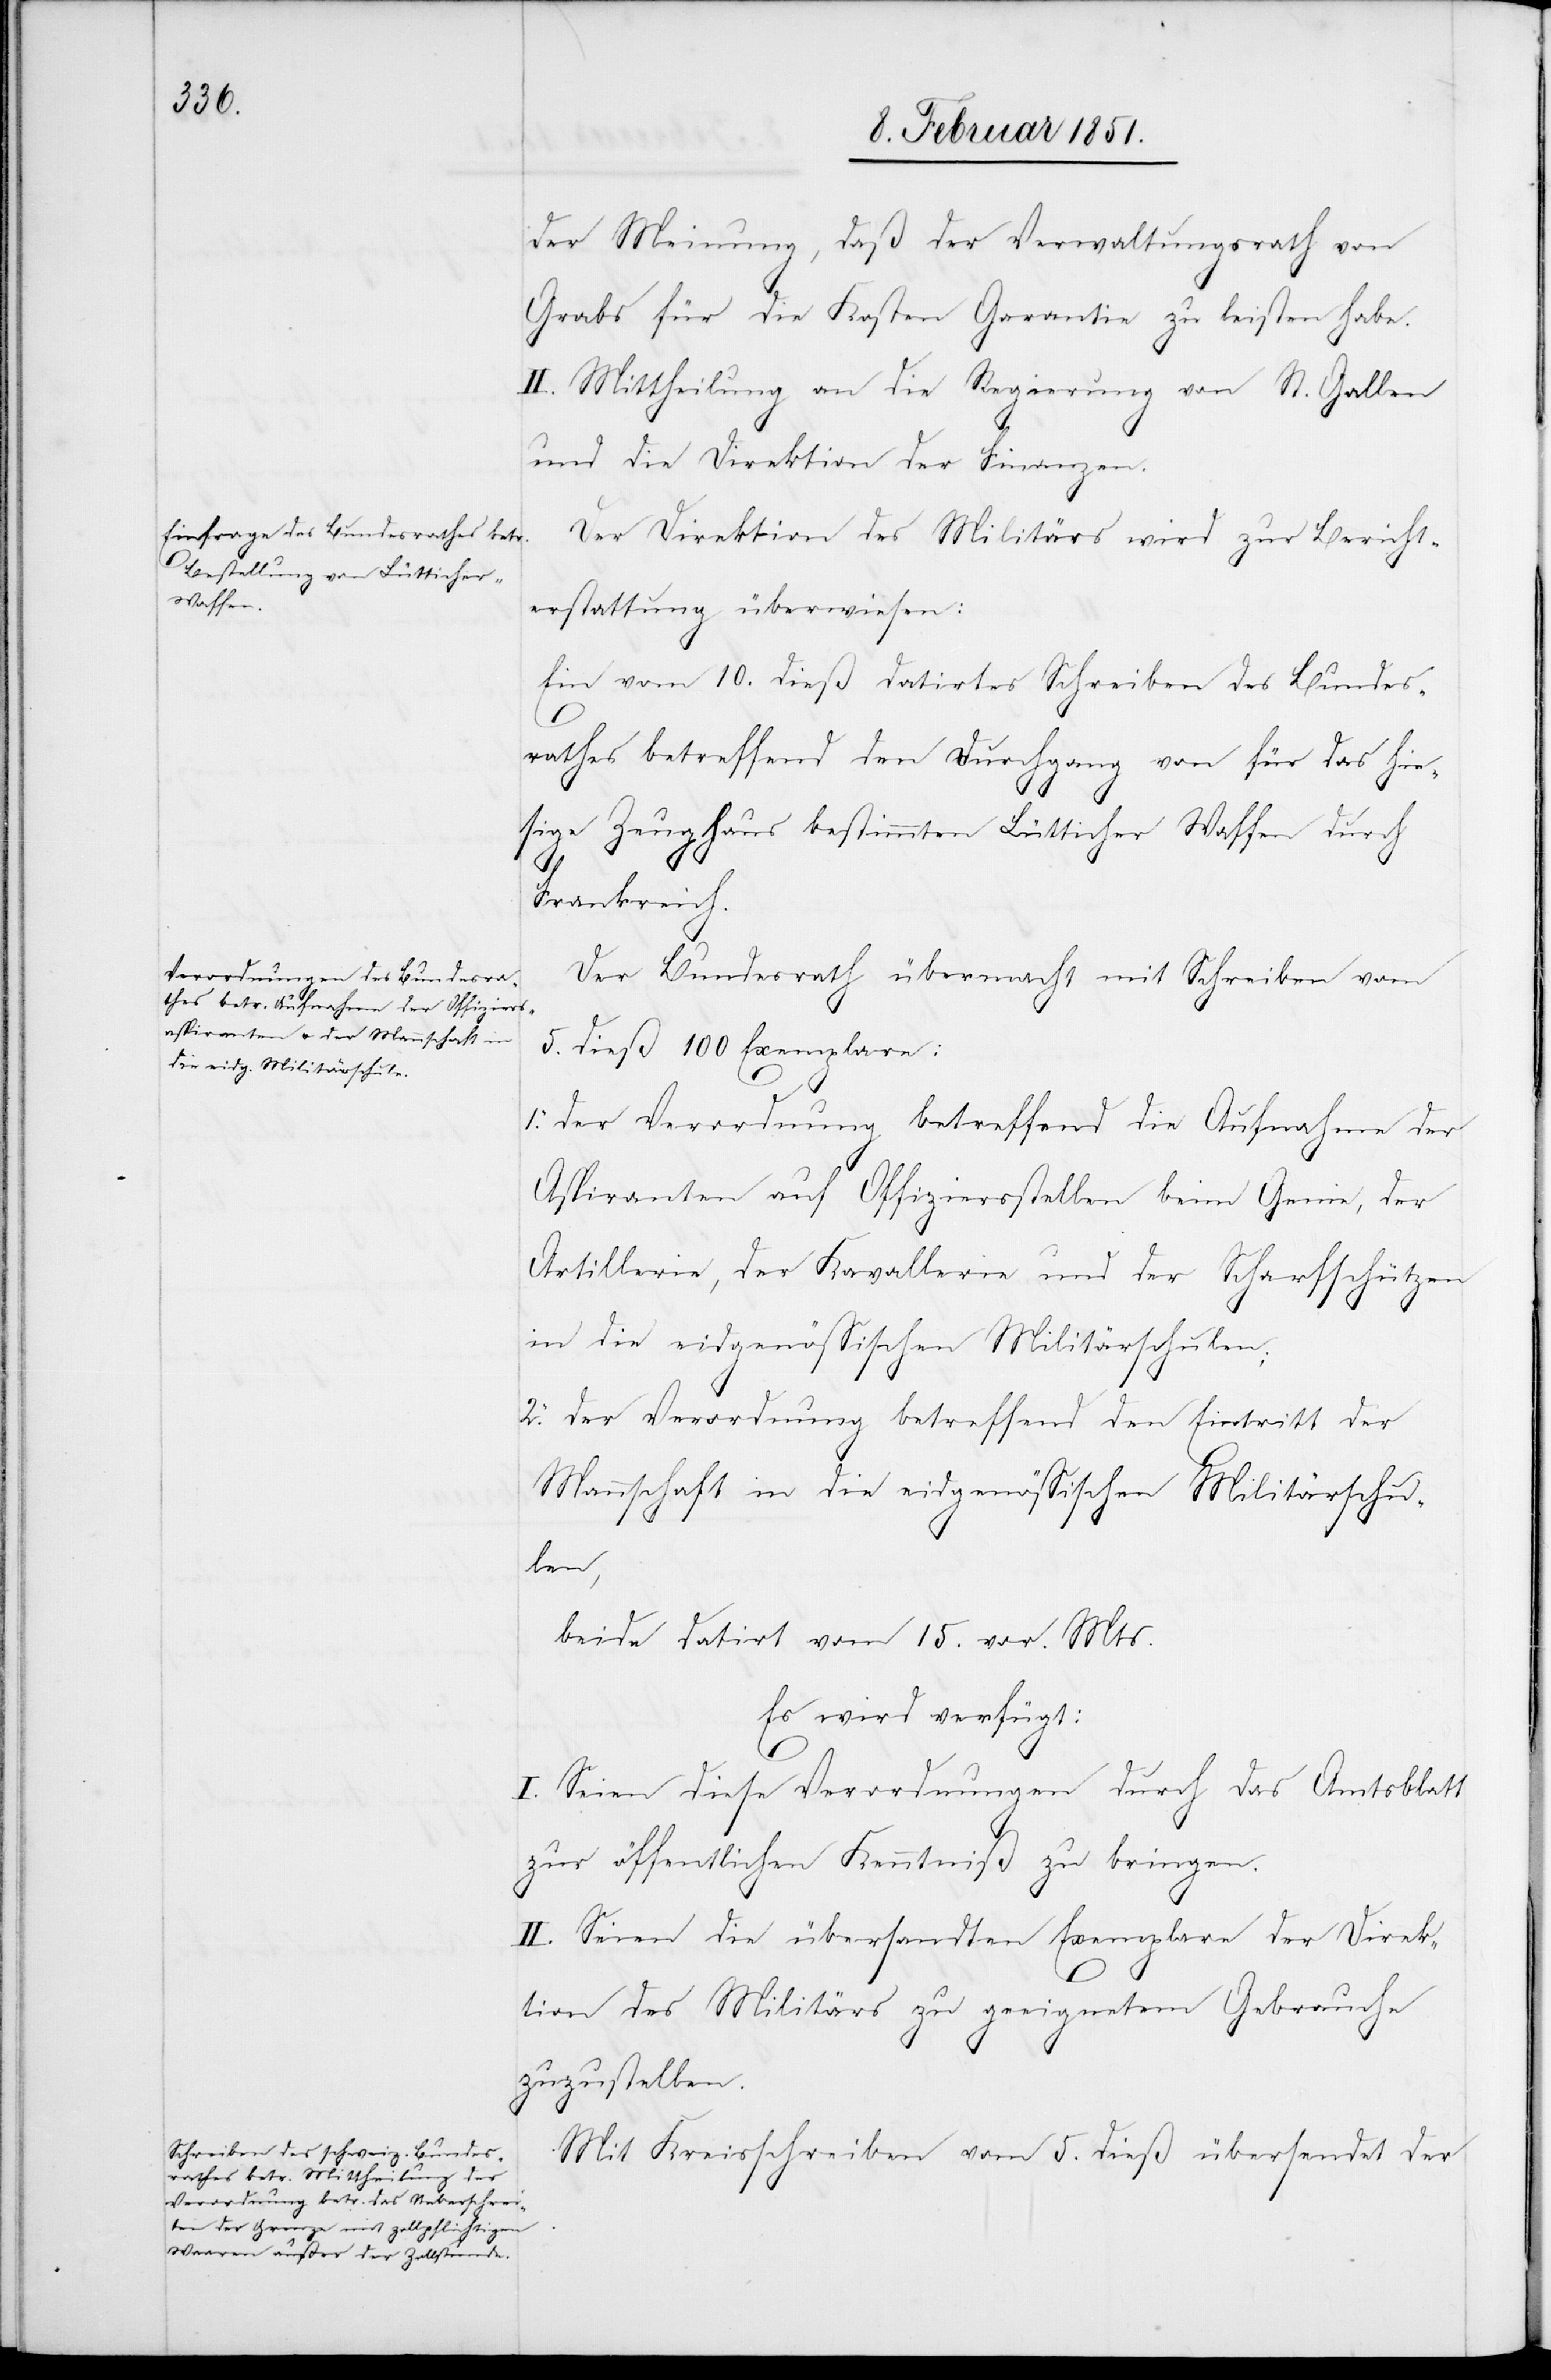
der Meinung, daß der Verwaltungsrath von
Grabs für die Kosten Garantie zu leisten habe.
II. Mittheilung an die Regierung von St. Gallen
und die Direktion der Finanzen.
Der Direktion des Militärs wird zur Bericht¬
erstattung überwiesen:
Ein vom 10. dieß datirtes Schreiben des Bundes¬
12.
rathes betreffend den Durchgang von für das hie¬
sige Zeughaus bestimmten Lütticher Waffen durch
Frankreich.
Der Bundesrath übermacht mit Schreiben vom
5. dieß 100 Exemplare:
1. der Verordnung betreffend die Aufnahme der
Aspiranten auf Offiziersstellen beim Genie, der
Artillerie, der Kavallerie und der Scharfschützen
in die eidgenössischen Militärschulen;
2. der Verordnung betreffend den Eintritt der
Mannschaft in die eidgenössischen Militärschu¬
den
beide datirt vom 15. vor. Mts.
Es wird verfügt:
I. Seien diese Verordnungen durch das Amtsblatt
zur öffentlichen Kenntniß zu bringen.
II. Seien die übersandten Exemplare der Direk¬
tion des Militärs zu geeignetem Gebrauche
zuzustellen.
Mit Kreisschreiben vom 5. dieß übersendet der